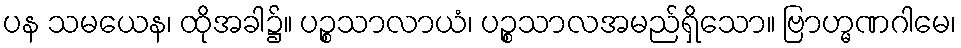
ပန သမယေန၊ ထိုအခါ၌။ ပဉ္စသာလာယံ၊ ပဉ္စသာလအမည်ရှိသော။ ဗြာဟ္မဏဂါမေ၊